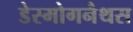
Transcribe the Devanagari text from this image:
डेस्मोगनैथस